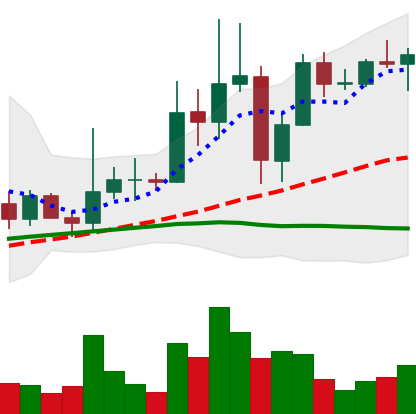
Ticker: XRP-USD
Chart end date: 2021-03-31
Forward return: 60.398%
Label: up_7plus